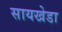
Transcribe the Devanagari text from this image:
सायखेडा